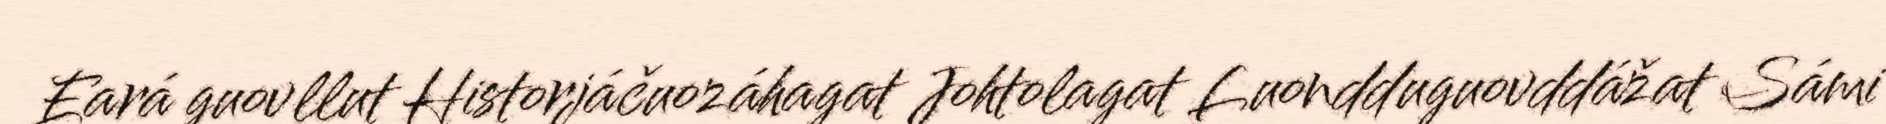
Eará guovllut Historjáčuozáhagat Johtolagat Luondduguovddážat Sámi